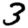
Digit: 3